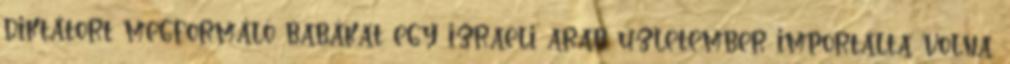
diktátort megformáló babákat egy izraeli arab üzletember importálta volna,